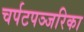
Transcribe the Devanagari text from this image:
चर्पटपञ्जरिका